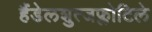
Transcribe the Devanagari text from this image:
हैंडेलशुत्जफ्लोटिले